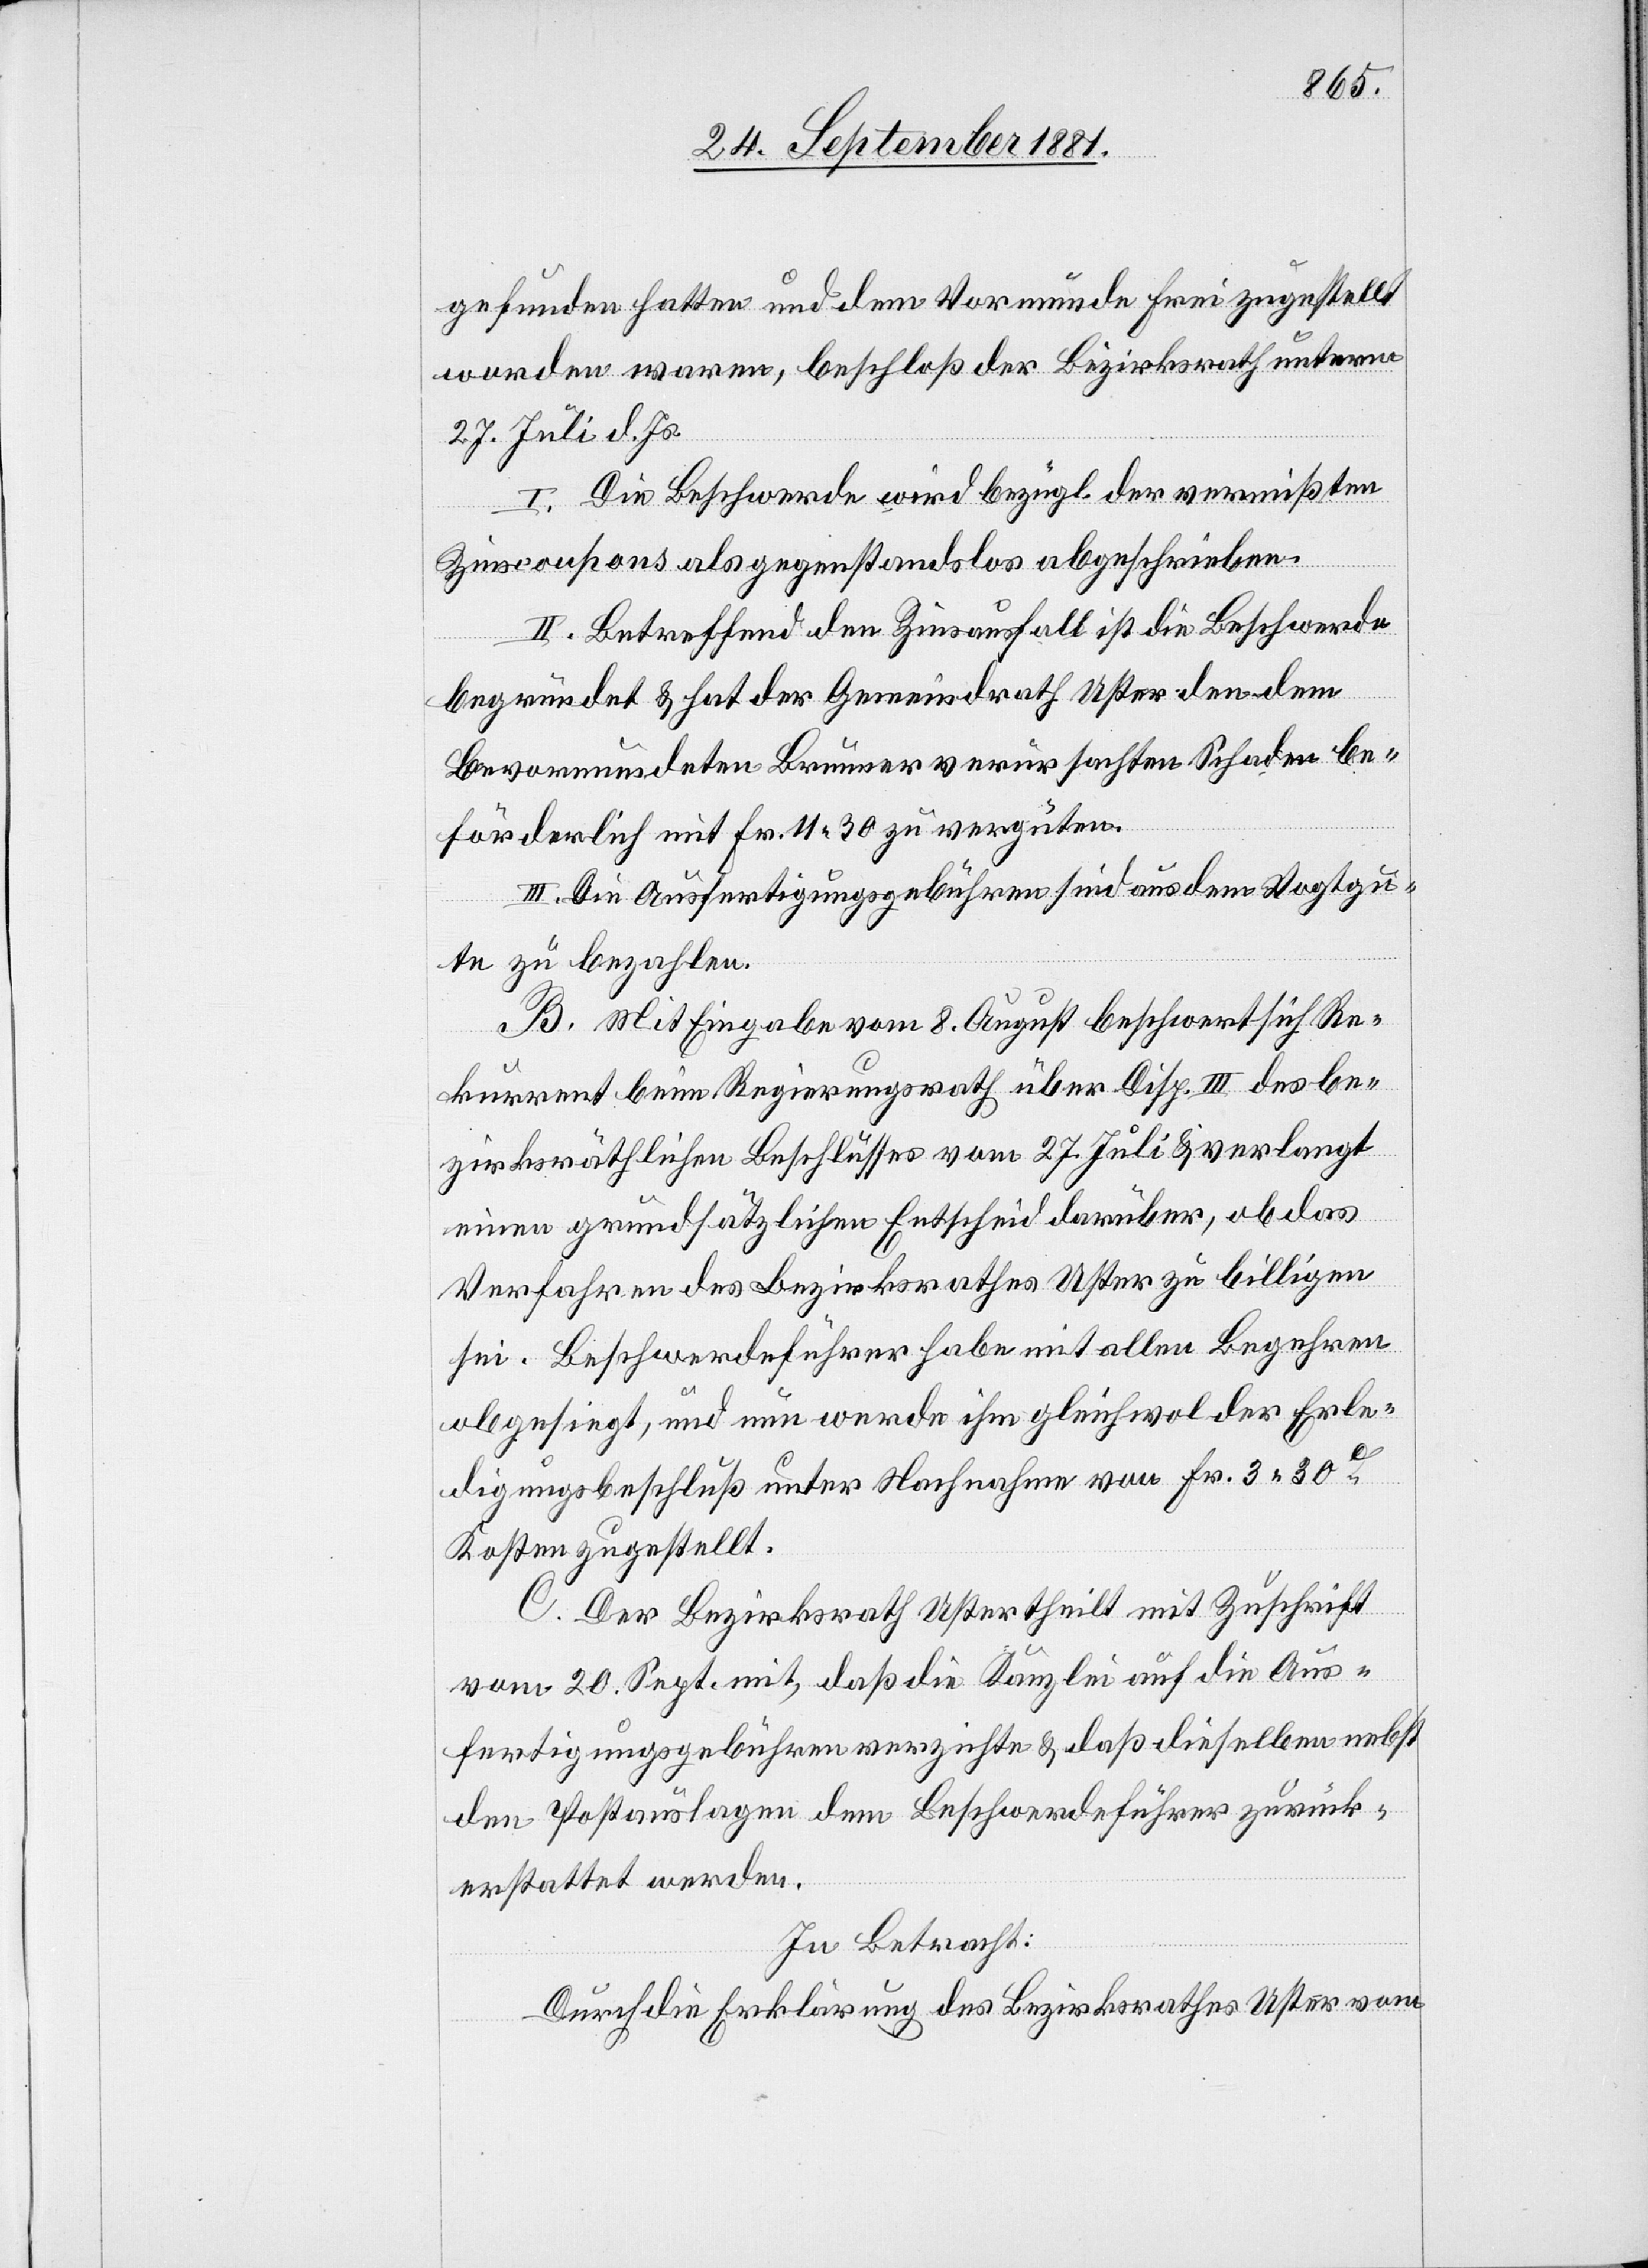
gefunden hatten und dem Vormunde Frei zugestellt
worden waren, beschloß der Bezirksrath unterm
27. Juli d. Js.
I. Die Beschwerde wird bezügl. der vermißten
Zinscoupons als gegenstandslos abgeschrieben.
II. Betreffend den Zinsausfall ist die Beschwerde
begründet & hat der Gemeindrath Uster den dem
Bevormundeten Brunner verursachten Schaden be¬
förderlich mit Fr. 11 30 zu vergüten.
III. Die Ausfertigungsgebühren sind aus dem Vogtgu¬
te zu bezahlen.
B. Mit Eingabe vom 8. August beschwert sich Re¬
kurrent beim Regierungsrath über Disp. III des be¬
zirksräthlichen Beschlusses vom 27. Juli & verlangt
einen grundsätzlichen Entscheid darüber, ob das
Verfahren des Bezirksrathes Uster zu billigen
sei. Beschwerdeführer habe mit allen Begehren
obgesiegt, und nun werde ihm gleichwol der Erle¬
digungsbeschluß unter Nachnahme von Fr. 3 30c
Kosten zugestellt.
C. Der Bezirksrath Uster theilt mit Zuschrift
vom 20. Sept. mit, daß die Kanzlei auf die Aus¬
fertigungsgebühren verzichtet & daß dieselben nebst
den Postauslagen dem Beschwerdeführer zurück¬
erstattet werden.
In Betracht:
Durch die Erklärung des Bezirksrathes Uster vom